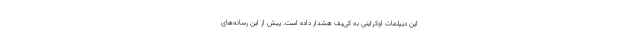
این دیپلمات اوکراینی به کی‌یف هشدار داده است. پیش از این رسانه‌های